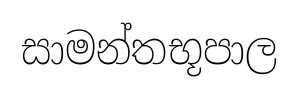
සාමන්තභූපාල